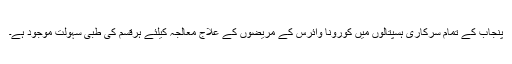
پنجاب کے تمام سرکاری ہسپتالوں میں کورونا وائرس کے مریضوں کے علاج معالجہ کیلئے ہرقسم کی طبی سہولت موجود ہے۔